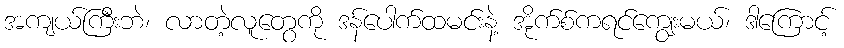
အကျယ်ကြီးဘဲ၊ လာတဲ့လူတွေကို ဒန်ပေါက်ထမင်းနဲ့ အိုက်စ်ကရင်ကျွေးမယ်၊ ဒါကြောင့်